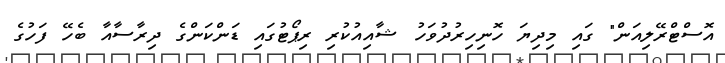
އޮސްޓްރޭލިއަން" ގައި މިދިޔަ ހޮނިހިރުދުވަހު ޝާއިއުކުރި ރިޕޯޓުގައި ޑަންކަންގެ ދިރާސާއާ ބެހޭ ފަހުގެ